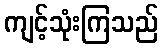
ကျင့်သုံးကြသည်